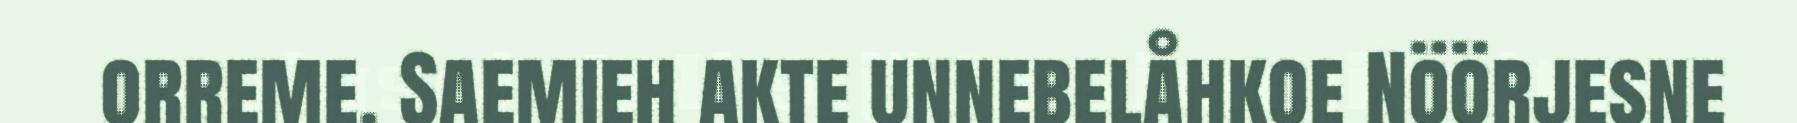
orreme. Saemieh akte unnebelåhkoe Nöörjesne